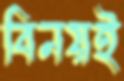
বিনয়ই